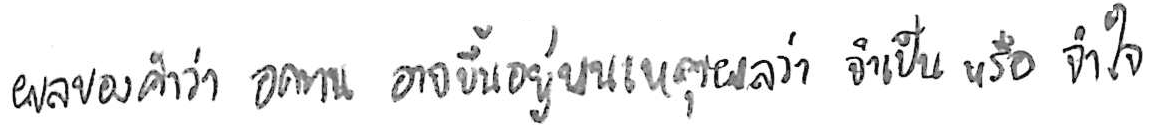
ผลของคำว่า อดทน อาจขึ้นอยู่บนเหตุผลว่า จำเป็น หรือ จำใจ